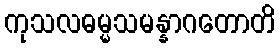
ကုသလဓမ္မသမန္နာဂတောတိ